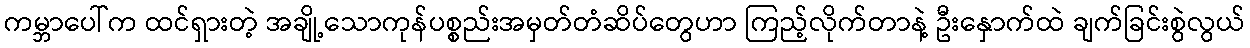
ကမ္ဘာပေါ်က ထင်ရှားတဲ့ အချို့သောကုန်ပစ္စည်းအမှတ်တံဆိပ်တွေဟာ ကြည့်လိုက်တာနဲ့ ဦးနှောက်ထဲ ချက်ခြင်းစွဲလွယ်